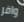
وافر